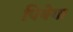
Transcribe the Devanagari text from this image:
पियेगा